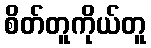
စိတ်တူကိုယ်တူ